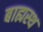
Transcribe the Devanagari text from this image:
बाह्यस्थ